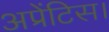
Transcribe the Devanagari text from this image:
अप्रेंटिस।